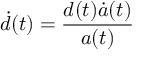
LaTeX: { \dot { d } } ( t ) = { \frac { d ( t ) { \dot { a } } ( t ) } { a ( t ) } }